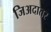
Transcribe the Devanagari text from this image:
जिअदातर